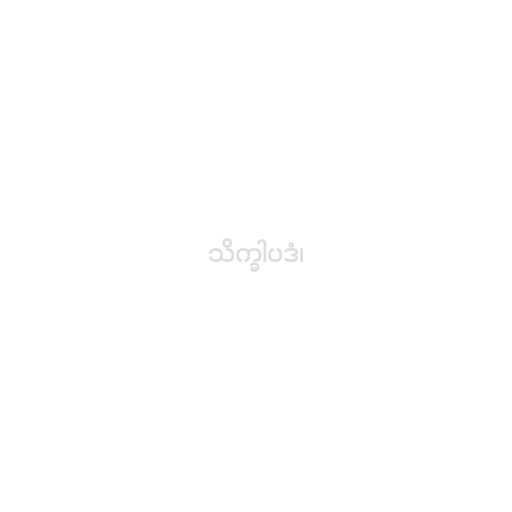
သိက္ခါပဒံ၊